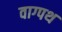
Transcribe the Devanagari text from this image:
वाग्पथ